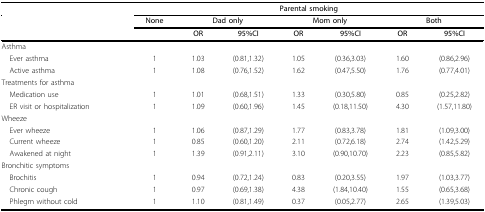
<table><thead><tr><td colspan="2">[EMPTY_CELL]</td><td colspan="7"><b>Parental smoking</b></td></tr><tr><td colspan="2">[EMPTY_CELL]</td><td><b>None</b></td><td colspan="2"><b>Dad only</b></td><td colspan="2"><b>Mom only</b></td><td colspan="2"><b>Both</b></td></tr><tr><td colspan="2">[EMPTY_CELL]</td><td>[EMPTY_CELL]</td><td><b>OR</b></td><td><b>95%CI</b></td><td><b>OR</b></td><td><b>95%CI</b></td><td><b>OR</b></td><td><b>95%CI</b></td></tr></thead><tbody><tr><td colspan="2">Asthma</td><td>[EMPTY_CELL]</td><td>[EMPTY_CELL]</td><td>[EMPTY_CELL]</td><td>[EMPTY_CELL]</td><td>[EMPTY_CELL]</td><td>[EMPTY_CELL]</td><td>[EMPTY_CELL]</td></tr><tr><td colspan="2"> Ever asthma</td><td>1</td><td>1.03</td><td>(0.81,1.32)</td><td>1.05</td><td>(0.36,3.03)</td><td>1.60</td><td>(0.86,2.96)</td></tr><tr><td colspan="2"> Active asthma</td><td>1</td><td>1.08</td><td>(0.76,1.52)</td><td>1.62</td><td>(0.47,5.50)</td><td>1.76</td><td>(0.77,4.01)</td></tr><tr><td colspan="2">Treatments for asthma</td><td>[EMPTY_CELL]</td><td>[EMPTY_CELL]</td><td>[EMPTY_CELL]</td><td>[EMPTY_CELL]</td><td>[EMPTY_CELL]</td><td>[EMPTY_CELL]</td><td>[EMPTY_CELL]</td></tr><tr><td colspan="2"> Medication use</td><td>1</td><td>1.01</td><td>(0.68,1.51)</td><td>1.33</td><td>(0.30,5.80)</td><td>0.85</td><td>(0.25,2.82)</td></tr><tr><td colspan="2"> ER visit or hospitalization</td><td>1</td><td>1.09</td><td>(0.60,1.96)</td><td>1.45</td><td>(0.18,11.50)</td><td>4.30</td><td>(1.57,11.80)</td></tr><tr><td colspan="2">Wheeze</td><td>[EMPTY_CELL]</td><td>[EMPTY_CELL]</td><td>[EMPTY_CELL]</td><td>[EMPTY_CELL]</td><td>[EMPTY_CELL]</td><td>[EMPTY_CELL]</td><td>[EMPTY_CELL]</td></tr><tr><td colspan="2"> Ever wheeze</td><td>1</td><td>1.06</td><td>(0.87,1.29)</td><td>1.77</td><td>(0.83,3.78)</td><td>1.81</td><td>(1.09,3.00)</td></tr><tr><td colspan="2"> Current wheeze</td><td>1</td><td>0.85</td><td>(0.60,1.20)</td><td>2.11</td><td>(0.72,6.18)</td><td>2.74</td><td>(1.42,5.29)</td></tr><tr><td colspan="2"> Awakened at night</td><td>1</td><td>1.39</td><td>(0.91,2.11)</td><td>3.10</td><td>(0.90,10.70)</td><td>2.23</td><td>(0.85,5.82)</td></tr><tr><td colspan="2">Bronchitic symptoms</td><td>[EMPTY_CELL]</td><td>[EMPTY_CELL]</td><td>[EMPTY_CELL]</td><td>[EMPTY_CELL]</td><td>[EMPTY_CELL]</td><td>[EMPTY_CELL]</td><td>[EMPTY_CELL]</td></tr><tr><td colspan="2"> Brochitis</td><td>1</td><td>0.94</td><td>(0.72,1.24)</td><td>0.83</td><td>(0.20,3.55)</td><td>1.97</td><td>(1.03,3.77)</td></tr><tr><td colspan="2"> Chronic cough</td><td>1</td><td>0.97</td><td>(0.69,1.38)</td><td>4.38</td><td>(1.84,10.40)</td><td>1.55</td><td>(0.65,3.68)</td></tr><tr><td colspan="2"> Phlegm without cold</td><td>1</td><td>1.10</td><td>(0.81,1.49)</td><td>0.37</td><td>(0.05,2.77)</td><td>2.65</td><td>(1.39,5.03)</td></tr></tbody></table>